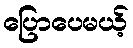
ပြောပေမယ့်